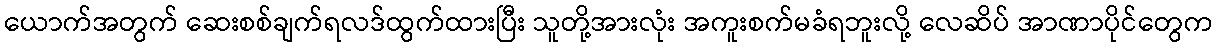
ယောက်အတွက် ဆေးစစ်ချက်ရလဒ်ထွက်ထားပြီး သူတို့အားလုံး အကူးစက်မခံရဘူးလို့ လေဆိပ် အာဏာပိုင်တွေက